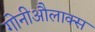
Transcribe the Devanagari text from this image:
गोनीऔलाक्स